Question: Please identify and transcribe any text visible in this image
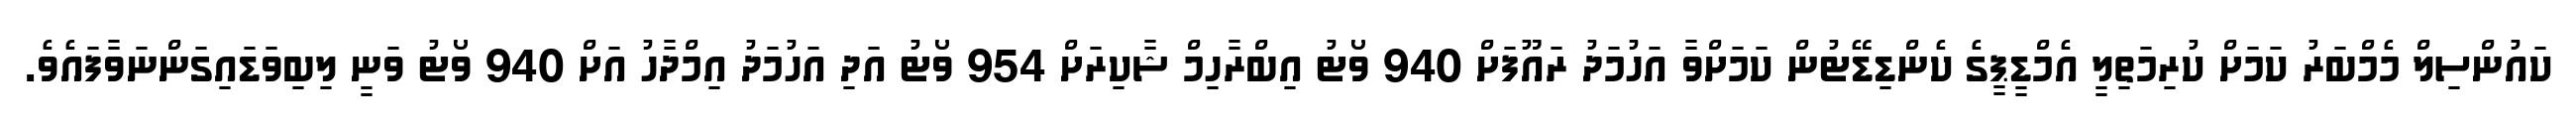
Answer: ކައުންސިލް މެމްބަރު ކަމަށް ކުރިމަތިލީ އެމްޑީޕީގެ ކެންޑިޑޭޓުން ކަމަށްވާ އަހުމަދު ރައޫފަށް 940 ވޯޓު އިބްރާހިމް ޝާކިރަށް 954 ވޯޓު އަދި އަހުމަދު އިމްދާހު އަށް 940 ވޯޓު ވަނީ ލިބިވަޑައިގަންނަވާފައެވެ.